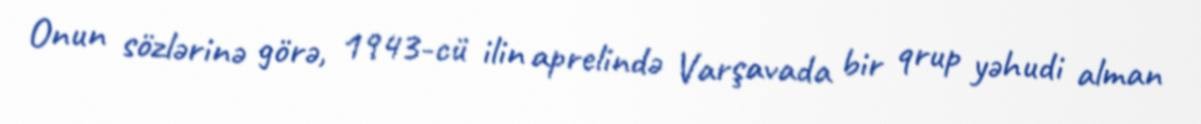
Onun sözlərinə görə, 1943-cü ilin aprelində Varşavada bir qrup yəhudi alman